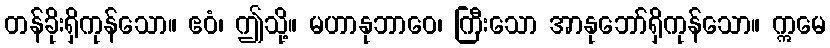
တန်ခိုးရှိကုန်သော။ ဧဝံ၊ ဤသို့။ မဟာနုဘာဝေ၊ ကြီးသော အာနုဘော်ရှိကုန်သော။ ဣမေ